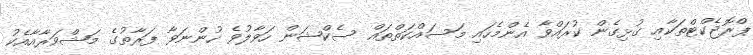
ޕްރޮޖެކްޓްތަކާއި ގުޅިގެން ކުރައްވާ އެންމެހައި މަސައްކަތްތައް ސެކްޝަން ހަވާލުވެ ހުންނަވާ ފަރާތުގެ މަޝްވަރާއާއެކު